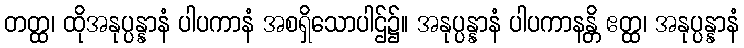
တတ္ထ၊ ထိုအနုပ္ပန္နာနံ ပါပကာနံ အစရှိသောပါဌ်၌။ အနုပ္ပန္နာနံ ပါပကာနန္တိ ဧတ္ထ၊ အနုပ္ပန္နာနံ